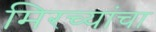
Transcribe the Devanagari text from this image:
मिरच्यांचा